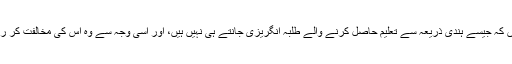
ایسے لوگ یہ ظاہر کرنا چاہتے ہیں کہ جیسے ہندی ذریعہ سے تعلیم حاصل کرنے والے طلبہ انگریزی جانتے ہی نہیں ہیں، اور اسی وجہ سے وہ اس کی مخالفت کر رہے ہیں، جبکہ ایسا بالکل نہیں ہے۔